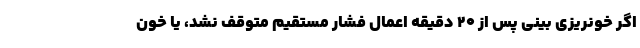
اگر خونریزی بینی پس از 20 دقیقه اعمال فشار مستقیم متوقف نشد، یا خون